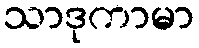
သာဒုကာမာ